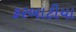
કરબાટીયા